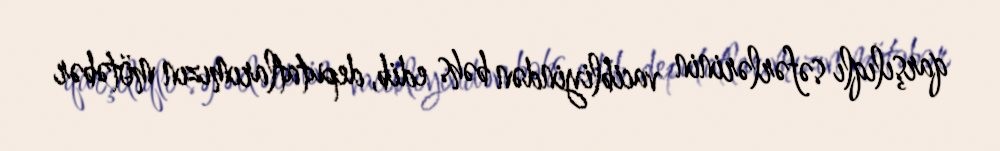
qarşılıqlı səfərlərinin vacibliyindən bəhs edib, deputatlarımızın mötəbər